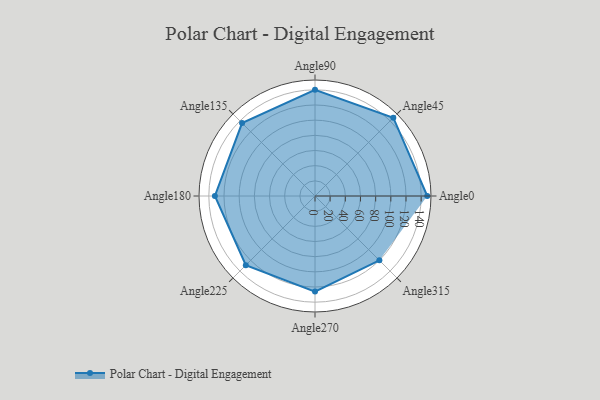
{"axis": {"x": "Angle", "y": "Radius"}, "legend": [""], "data": [{"x": "Angle0", "y": 148.0, "type": ""}, {"x": "Angle45", "y": 146.0, "type": ""}, {"x": "Angle90", "y": 140.0, "type": ""}, {"x": "Angle135", "y": 136.0, "type": ""}, {"x": "Angle180", "y": 132.0, "type": ""}, {"x": "Angle225", "y": 129.0, "type": ""}, {"x": "Angle270", "y": 126.0, "type": ""}, {"x": "Angle315", "y": 120.0, "type": ""}]}